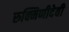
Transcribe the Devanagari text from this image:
रुक्मिणीदेवी